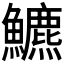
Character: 𩽁